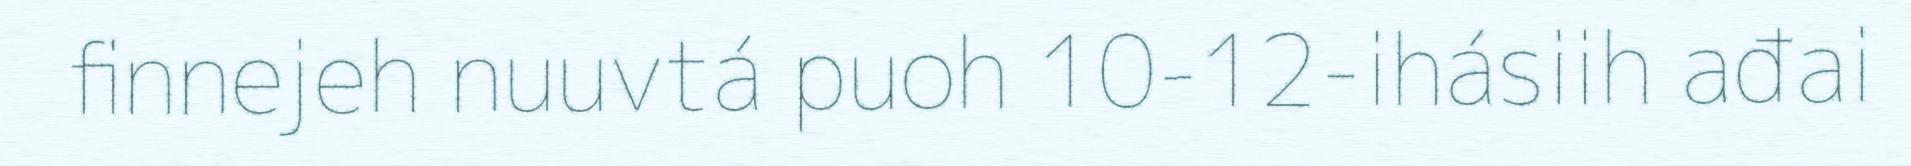
finnejeh nuuvtá puoh 10-12-ihásiih ađai